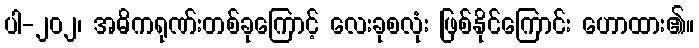
ပါ-၂၀၂၊ အဓိကရုဏ်းတစ်ခုကြောင့် လေးခုစလုံး ဖြစ်နိုင်ကြောင်း ဟောထား၏။